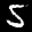
Label: 5